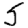
Digit: 5